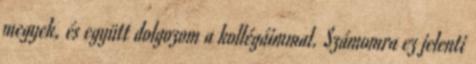
megyek, és együtt dolgozom a kollégáimmal. Számomra ez jelenti